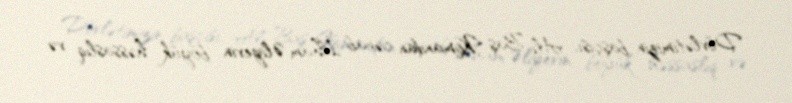
Dövlətimizin başçısı, Ali Baş Komandan cənab İlham Əliyevin böyük həssaslıq və